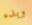
وبدء